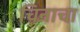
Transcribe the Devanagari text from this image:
चिनाचा